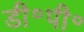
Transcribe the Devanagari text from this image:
डी॰पी॰